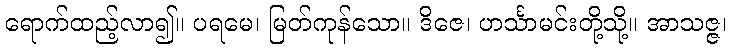
ရောက်ထည့်လာ၍။ ပရမေ၊ မြတ်ကုန်သော။ ဒိဇေ၊ ဟင်္သာမင်းတို့သို့။ အာသဇ္ဇ၊